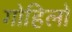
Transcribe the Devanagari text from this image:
गोहिलो